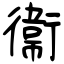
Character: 衞